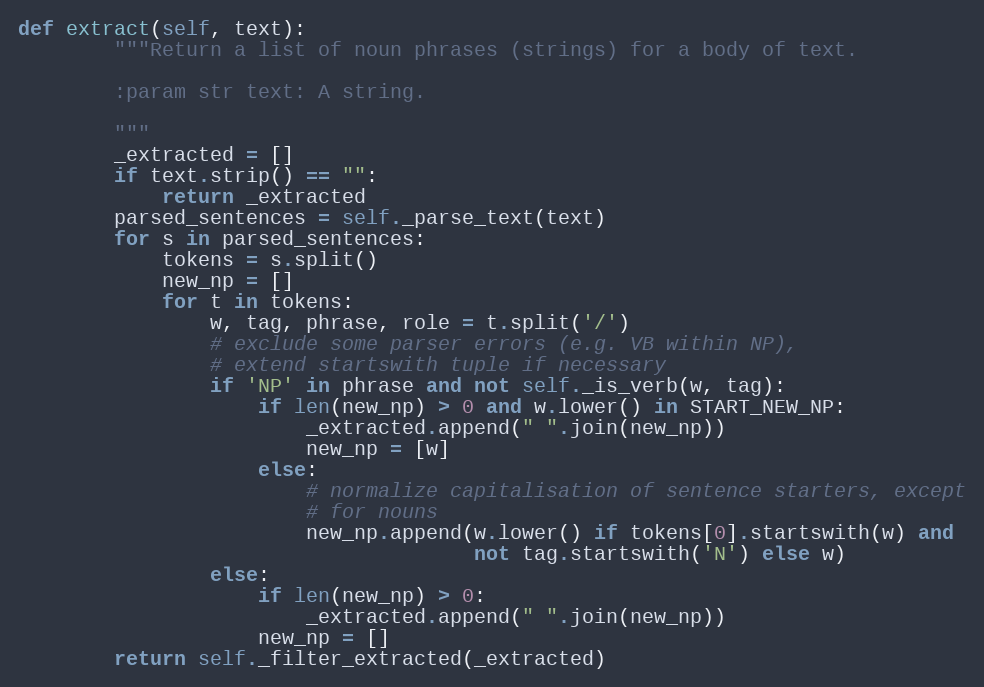
Language: Python
def extract(self, text):
        """Return a list of noun phrases (strings) for a body of text.

        :param str text: A string.

        """
        _extracted = []
        if text.strip() == "":
            return _extracted
        parsed_sentences = self._parse_text(text)
        for s in parsed_sentences:
            tokens = s.split()
            new_np = []
            for t in tokens:
                w, tag, phrase, role = t.split('/')
                # exclude some parser errors (e.g. VB within NP),
                # extend startswith tuple if necessary
                if 'NP' in phrase and not self._is_verb(w, tag):
                    if len(new_np) > 0 and w.lower() in START_NEW_NP:
                        _extracted.append(" ".join(new_np))
                        new_np = [w]
                    else:
                        # normalize capitalisation of sentence starters, except
                        # for nouns
                        new_np.append(w.lower() if tokens[0].startswith(w) and
                                      not tag.startswith('N') else w)
                else:
                    if len(new_np) > 0:
                        _extracted.append(" ".join(new_np))
                    new_np = []
        return self._filter_extracted(_extracted)